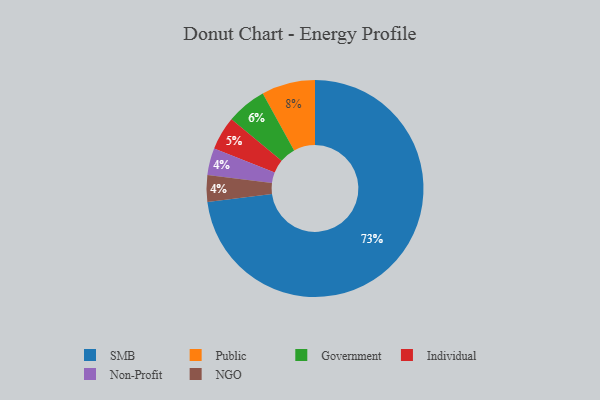
{"axis": {"x": "Category", "y": "Percentage"}, "legend": ["Government", "Individual", "NGO", "Non-Profit", "Public", "SMB"], "data": [{"x": "Non-Profit", "y": 4, "type": "Non-Profit"}, {"x": "Government", "y": 6, "type": "Government"}, {"x": "NGO", "y": 4, "type": "NGO"}, {"x": "Individual", "y": 5, "type": "Individual"}, {"x": "SMB", "y": 73, "type": "SMB"}, {"x": "Public", "y": 8, "type": "Public"}]}